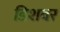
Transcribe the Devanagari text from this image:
डिशवर